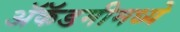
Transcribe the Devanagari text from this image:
ॲकॅडमीमध्ये